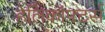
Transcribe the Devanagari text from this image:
हेलिकॉफ्टर्स